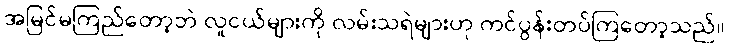
အမြင်မကြည်တော့ဘဲ လူငယ်များကို လမ်းသရဲများဟု ကင်ပွန်းတပ်ကြတော့သည်။